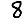
Digit: 8